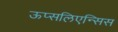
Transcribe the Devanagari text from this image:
ऊप्सलिएन्सिस